Indian journal of veterinary science and animal husbandry - Volumes 18-21, 1948-1951
Year: 1948
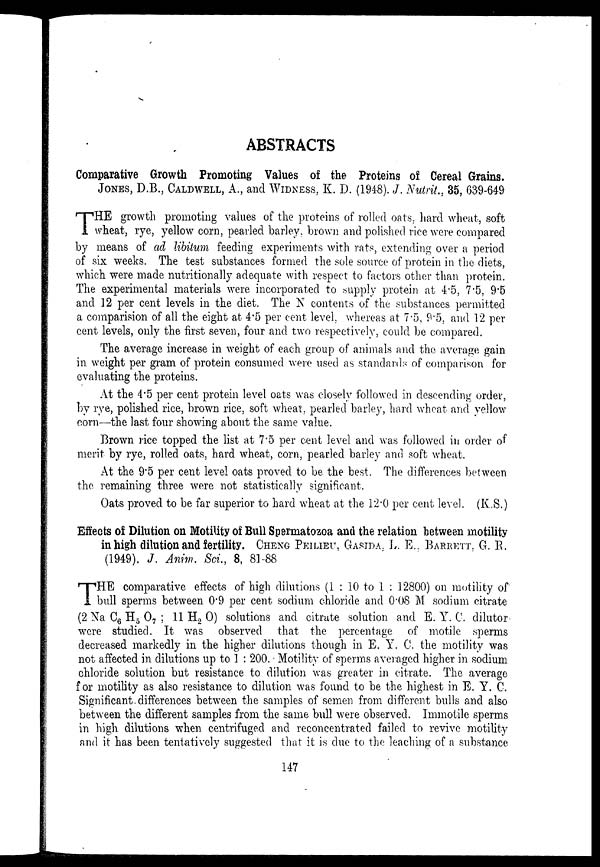
ABSTRACTS
Comparative Growth Promoting Values of the Proteins of Cereal Grains.
JONES, D.B., CALDWELL, A., and WIDNESS, K. D. (1948). J. Nutrit., 35, 639-649
T HE growth promoting values of the proteins of rolled oats, hard wheat, soft
wheat, rye, yellow corn, pearled barley, brown and polished rice were compared
by means of ad libitum feeding experiments with rats, extending over a period
of six weeks. The test substances formed the sole source of protein in the diets,
which were made nutritionally adequate with respect to factors other than protein.
The experimental materials were incorporated to supply protein at 4.5, 7.5, 9.5
and 12 per cent levels in the diet. The N contents of the substances permitted
a comparision of all the eight at 4.5 per cent level, whereas at 7.5, 9.5, and 12 per
cent levels, only the first seven, four and two respectively, could be compared.
The average increase in weight of each group of animals and the average gain
in weight per gram of protein consumed were used as standards of comparison for
evaluating the proteins.
At the 4.5 per cent protein level oats was closely followed in descending order,
by rye, polished rice, brown rice, soft wheat, pearled barley, hard wheat and yellow
corn—the last four showing about the same value.
Brown rice topped the list at 7.5 per cent level and was followed in order of
merit by rye, rolled oats, hard wheat, corn, pearled barley and soft wheat.
At the 9.5 per cent level oats proved to be the best. The differences between
the remaining three were not statistically significant.
Oats proved to be far superior to hard wheat at the 12.0 per cent level. (K.S.)
Effects of Dilution on Motility of Bull Spermatozoa and the relation between motility
in high dilution and fertility. CHENG PEILIEU, GASIDA. L. E., BARRETT. G. B.
(1949). J. Anim. Sci., 8, 81-88
T HE comparative effects of high dilutions (1 : 10 to 1 : 12800) on motility of
bull sperms between 0.9 per cent sodium chloride and 0.08 M sodium citrate
(2 Na C 6 H 5 O 7 ; 11 H 2 O) solutions and citrate solution and E. Y. C. dilutor
were studied. It was observed that the percentage of motile sperms
decreased markedly in the higher dilutions though in E. Y. C. the motility was
not affected in dilutions up to 1 : 200. Motility of sperms averaged higher in sodium
chloride solution but resistance to dilution was greater in citrate. The average
for motility as also resistance to dilution was found to be the highest in E. Y. C.
Significant differences between the samples of semen from different bulls and also
between the different samples from the same bull were observed. Immotile sperms
in high dilutions when centrifuged and reconcentrated failed to revive motility
and it has been tentatively suggested that it is due to the leaching of a substance
147